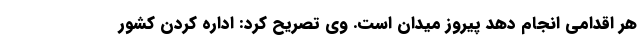
هر اقدامی انجام دهد پیروز میدان است. وی تصریح کرد: اداره کردن کشور